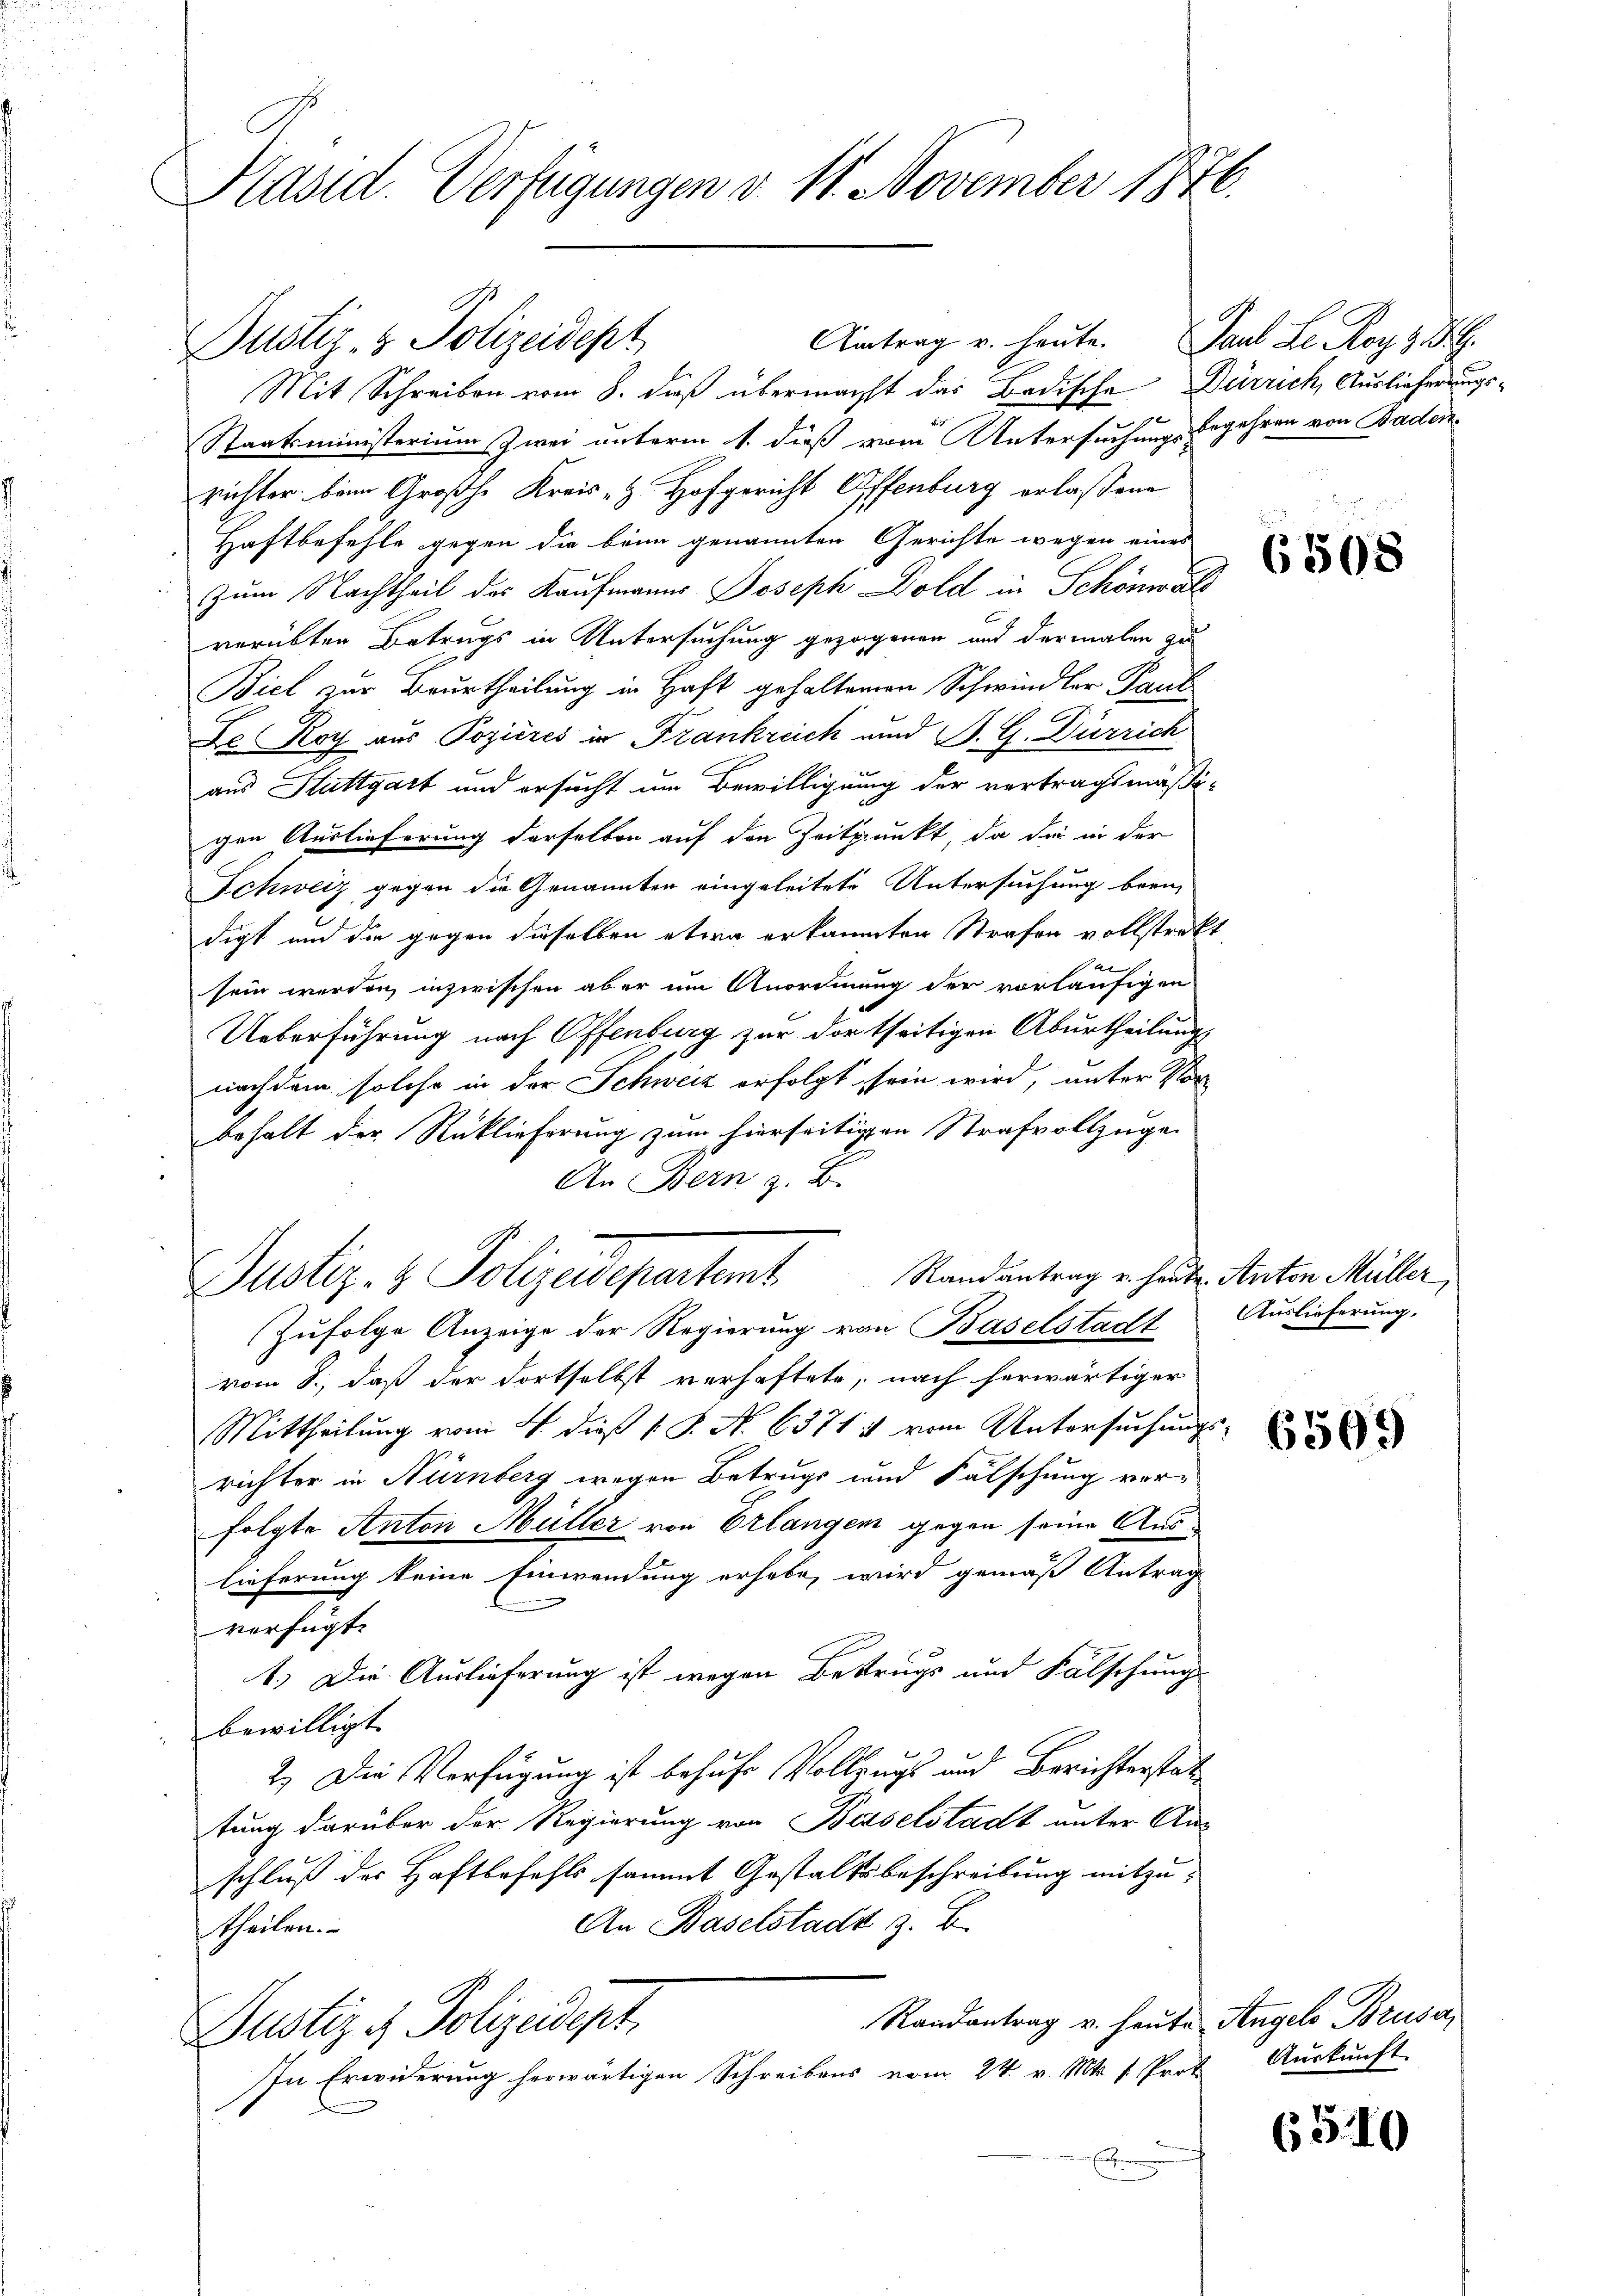
Präsid. Verfügungen v. 11. November 1876.

Antrag u. heute. Paul Le. Roy z BG.
Justiz- & Polizeidept
Mit Schreiben vom 8. dieß übermacht das Badische Dürrich, Auslieferungs¬
Staatsministerium zwei unterm 1. dieß vom Untersuchungs-
richter beim Großhe Kreis- & Hofgericht Offenburg erlaßene
Haftbefehle gegen die bonn genannten Gerichte wegen eines
 zum Nachtheil des Kaufmanns Joseph old in Schönwal
verübten Betrugs in Untersuchung gezogenen und dermalen zu
Biel zur Beurtheilung in Haft gehaltenen Schwindler Paul
Le Koch aus Pozières in Frankreich und P. G. Dürrich
aus Stuttgart und ersucht um Bewilligung der vertragsmäß
gen Auslieferung derselben auf den Zeitpunkt, da die in der
Schweiz gegen die Genannten eingeleitete Untersuchung bean-
digt und die gegen dieselben etwa erkannten Strafen vollstrat
sein werden, inzwischen aber um Anordnung der vorläufigen
Ueberführung nach Offenburg zur dortseitigen Aburtheilung
nach dem solche in der Schweiz erfolgt sein wird, unter Vorbehalt der Rücklieferung zum hierseitigen Strafvollzuge
An Bern z. B.
Randantrag u. heute. Anton Müller,
Justiz- & Polizeidepartent
Zufolge Anzeige der Regierung von Baselstadt
vom 8. daß der dortselbst verhaftete, nach herwärtiger
Mittheilung vom 4. dieß v. J. N. 6371 & vom Untersuchungsrichter in Nürnberg wegen Betrugs und Fälschung ver-
folgte Anton Müller von Erlangen gegen seine Auslieferung keine Einwendung erhabe, wird gemäß Antrag
verfügt:
1.) Die Auslieferung ist wegen Betrugs und Fälschung
bewilligt.
2.) Die Verfügung ist behufe Vollzugs und Berichterstattung darüber der Regierung von Baselstadt unter An-
schluß des Haftbefehls sammt Gestaltsbeschreibung mitzu¬
An Baselstadt z. B.
theilen.
Randantrag v. heute Angels Brusa
Justiz & Polizeidept
In Erwiderung herwärtigen Schreibens vom 24. v. Mts. 1. Prot
Ent

begehren von Baden.

6508

Auslieferung.

E
i

6509

Auskunft.

65.10